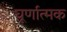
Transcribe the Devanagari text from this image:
घूर्णात्मक